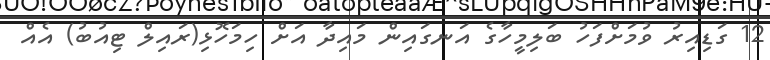
12 ގަޑިއިރު ވުމަށްފަހު ބަލިމީހާގެ އަނގައިން މައިދާ އަށް ހިމަހޮޅި(ރައިލް ޓިއުބު) އެއް